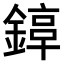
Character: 𨪟